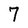
Character: 7